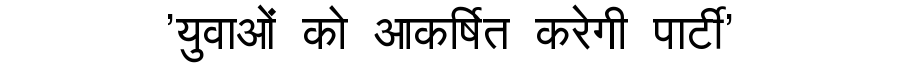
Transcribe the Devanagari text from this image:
'युवाओं को आकर्षित करेगी पार्टी'